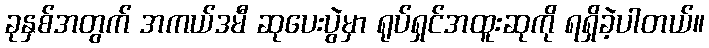
ခုနှစ်အတွက် အကယ်ဒမီ ဆုပေးပွဲမှာ ရုပ်ရှင်အထူးဆုကို ရရှိခဲ့ပါတယ်။